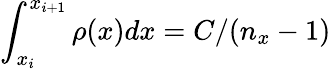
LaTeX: \int_{x_{i}}^{x_{i+1}}\rho(x)dx=C/(n_{x}-1)